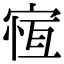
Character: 𡩃